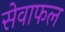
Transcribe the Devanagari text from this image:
सेवाफल